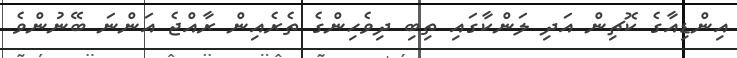
އިންޑިއާގެ ކޮޗިން އަދި ލަންކާގައި ތިބި ދިވެހިންގެ ތެރެއިން ރާއްޖެ އަންނަ ބޭނުންވެ